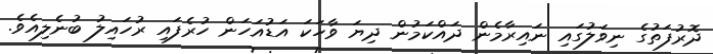
ދޮރުފަތުގެ ނިވަލުގައި ނައިރާމެން ދައްކަމުން ދިޔަ ވާހަކަ އަޑުއަހަން ހުރެފައި ރުހައިލު ބުނެލިއެވެ.